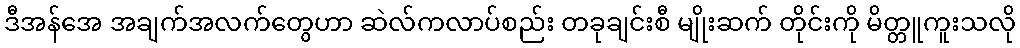
ဒီအန်အေ အချက်အလက်တွေဟာ ဆဲလ်ကလာပ်စည်း တခုချင်းစီ မျိုးဆက် တိုင်းကို မိတ္တူကူးသလို